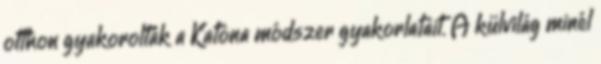
otthon gyakorolták a Katona módszer gyakorlatait. A külvilág minél